Civil Veterinary Dept. Assam report 1927-50 - 1927-1950
Year: 1927
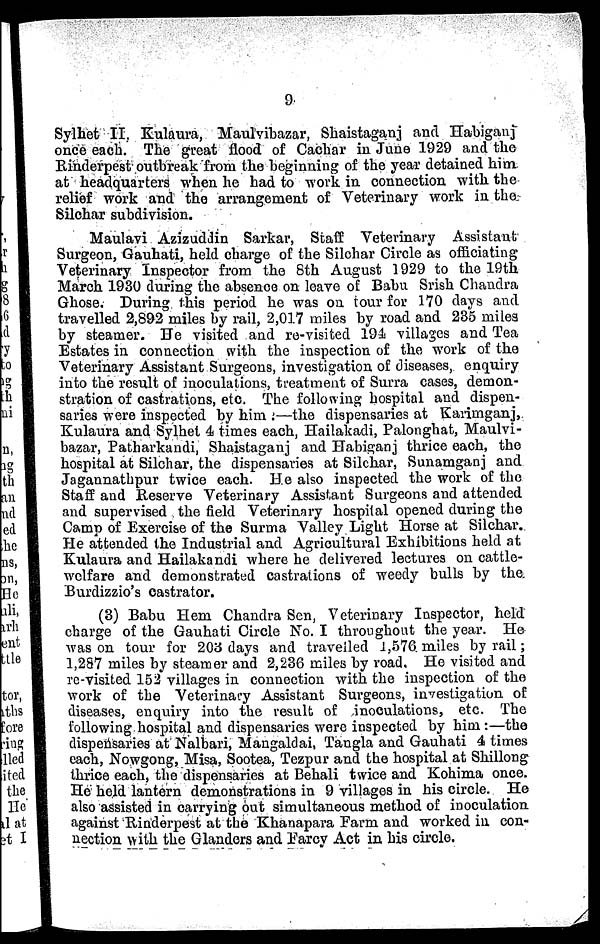
9
Sylhet II, Kulaura, Maulvibazar, Shaistaganj and Habiganj
once each. The great flood of Cachar in June 1929 and the
Rinderpest outbreak from the beginning of the year detained him
at headquarters when he had to work in connection with the
relief work and the arrangement of Veterinary work in the
Silchar subdivision.
Maulavi Azizuddin Sarkar, Staff Veterinary Assistant
Surgeon, Gauhati, held charge of the Silohar Circle as officiating
Veterinary Inspector from the 8th August 1929 to the 19th
March 1930 during the absence on leave of Babu Srish Chandra
Ghose. During this period he was on tour for 170 days and
travelled 2,892 miles by rail, 2,017 miles by road and 235 miles
by steamer. He visited and re-visited 194 villages and Tea
Estates in connection with the inspection of the work of the
Veterinary Assistant Surgeons, investigation of diseases, enquiry
into the result of inoculations, treatment of Surra cases, demon-
stration of castrations, etc. The following hospital and dispen-
saries were inspected by him :—the dispensaries at Karimganj,
Kulaura and Sylhet 4 times each, Hailakadi, Palonghat, Maulvi-
bazar, Patharkandi, Shaistaganj and Habiganj thrice each, the
hospital at Silchar, the dispensaries at Silchar, Sunamganj and
Jagannathpur twice each. He also inspected the work of the
Staff and Reserve Veterinary Assistant Surgeons and attended
and supervised the field Veterinary hospital opened during the
Camp of Exercise of the Surma Valley Light Horse at Silchar.
He attended the Industrial and Agricultural Exhibitions held at
Kulaura and Hailakandi where he delivered lectures on cattle-
welfare and demonstrated castrations of weedy bulls by the
Burdizzio's castrator.
(3) Babu Hem Chandra Sen, Veterinary Inspector, held
charge of the Gauhati Circle No. I throughout the year. He
was on tour for 203 days and travelled 1,576 miles by rail;
1,287 miles by steamer and 2,236 miles by road. He visited and
re-visited 152 villages in connection with the inspection of the
work of the Veterinary Assistant Surgeons, investigation of
diseases, enquiry into the result of inoculations, etc. The
following hospital and dispensaries were inspected by him :—the
dispensaries at Nalbari, Mangaldai, Tangla and Gauhati 4 times
each, Nowgong, Misa, Sootea, Tezpur and the hospital at Shillong
thrice each, the dispensaries at Behali twice and Kohima once.
He held lantern demonstrations in 9 villages in his circle. He
also assisted in carrying out simultaneous method of inoculation
against Rinderpest at the Khanapara Farm and worked in con-
nection with the Glanders and Farcy Act in his circle.